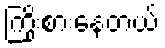
ကြိုးစားနေတယ်